Punjab Mental Hospital Lahore 1922-31 - 1922-1931
Year: 1922
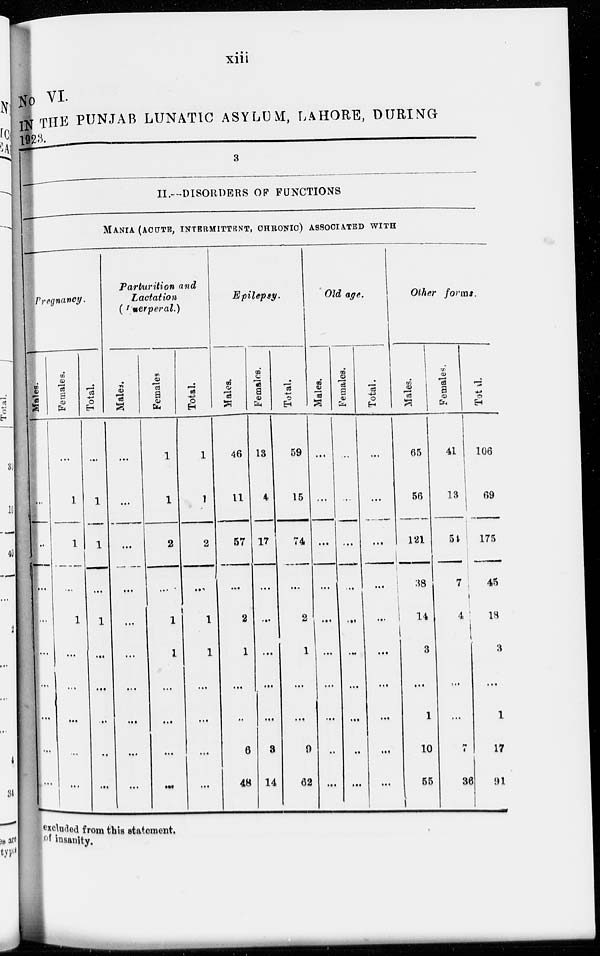
xiii
No VI.
IN THE PUNJAB LUNATIC ASYLUM, LAHORE, DURING
1923.
3
II.—DISORDERS OF FUNCTIONS
MANIA (ACUTE, INTERMITTENT, CHRONIC) ASSOSIATED WITH
Pregnancy.
Males.
...
...
...
...
...
...
...
...
...
Females.
...
1
1
...
1
...
...
...
...
...
Total.
...
1
1
...
1
...
...
...
...
...
Parturition and
Lactation
(Inerperal.)
Males.
...
...
...
...
...
...
...
...
...
...
Females.
1
1
2
...
1
1
...
...
...
...
Total.
1
1
2
...
1
1
...
...
...
...
Epilepsy.
Males.
46
11
57
...
2
1
...
...
6
48
Females.
13
4
17
...
...
...
...
...
3
14
Total.
59
15
74
74
2
1
...
...
9
62
Old age.
Males.
...
...
...
...
...
...
...
...
...
...
Females.
...
...
...
...
...
...
...
...
...
...
Total.
...
...
...
...
...
...
...
...
...
...
Other forms.
Males.
65
56
121
38
14
3
...
1
10
55
Females.
41
13
54
7
4
...
...
...
7
36
Total.
106
69
175
45
18
3
...
1
17
91
excluded from this statement.
of insanity.